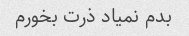
بدم نمیاد ذرت بخورم